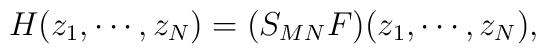
H(z_1 , \cdots , z_N )=(S_{M N} F)(z_1,\cdots ,z_N),